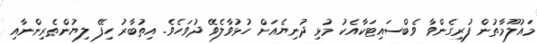
މައުލޫމާތުން ފުރިގެންވާ ވެބްސައިޓަކާއެކު މުޅި ދުނިޔެއަށް ހުޅުވާލެވޭ ދުވަހެވެ. އިތުބާރު ހިފޭ ލިޔުންތެރިންނާއި